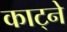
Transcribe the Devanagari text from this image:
काट्ने